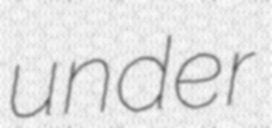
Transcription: under